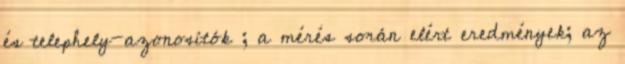
és telephely-azonosítók ; a mérés során elért eredmények; az